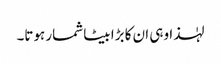
لہٰذا وہی ان کا بڑا بیٹا شمار ہوتا۔